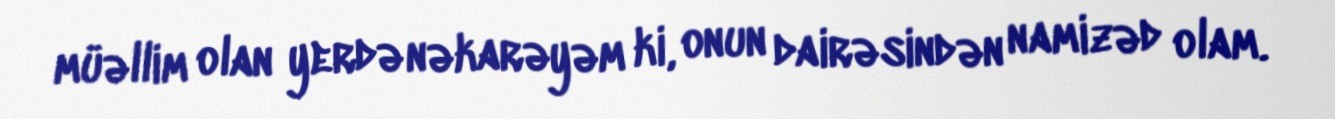
müəllim olan yerdə nəkarəyəm ki, onun dairəsindən namizəd olam.